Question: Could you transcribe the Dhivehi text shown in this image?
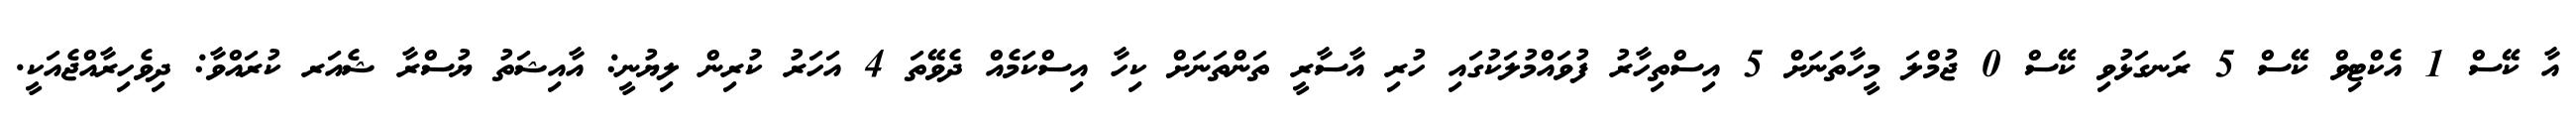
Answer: އާ ކޭސް 1 އެކްޓިވް ކޭސް 5 ރަނގަޅުވި ކޭސް 0 ޖުމްލަ މީހާތަނަށް 5 އިސްތިހާރު ފުވައްމުލަކުގައި ހުރި އާސާރީ ތަންތަނަށް ކިހާ އިސްކަމެއް ދެވޭތަ 4 އަހަރު ކުރިން ލިޔުނީ: އާއިޝަތު ޔުސްރާ ޝެއަރ ކުރައްވާ: ދިވެހިރާއްޖެއަކީ.